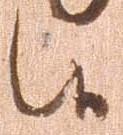
候